Insane asylums Bombay 1873-77 - 1873-1877
Year: 1873
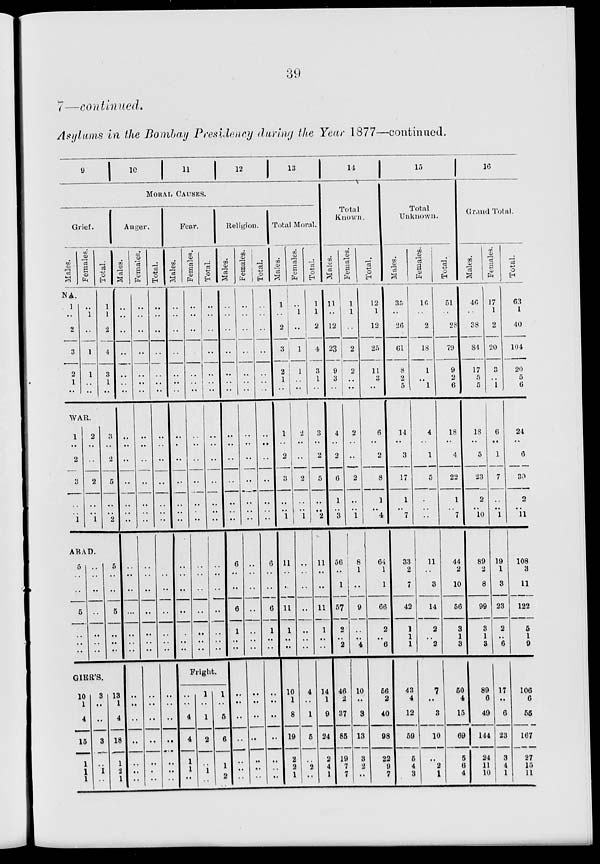
39
7—continued.
Asylums in the Bombay Presidency during the Year 1877—continued.
9
10
11
12
13
MORAL CAUSES.
Grief.
Males.
Females.
Total.
NA.
1
..
2
3
2
1
..
..
1
..
1
1
..
..
1
1
2
4
3
1
..
WAR.
1
2
3
..
1
2
..
2
..
1
3
2
5
..
2
ABAD.
5
..
..
5
..
..
..
..
..
..
..
..
..
..
..
..
5
..
..
5
..
..
..
..
GIER'S.
10
1
4
15
1
1
1
3
..
..
3
..
1
..
13
1
4
18
1
2
1
Anger.
Males.
..
..
..
..
..
..
..
..
..
..
..
..
..
..
..
..
..
..
..
..
..
..
..
..
..
..
..
Females.
..
..
..
..
..
..
..
..
..
..
..
..
..
..
..
..
..
..
..
..
..
..
..
..
..
..
..
Total.
..
..
..
..
..
..
..
..
..
..
..
..
..
..
..
..
..
..
..
..
..
..
..
..
..
..
..
Fear.
Males.
..
..
..
..
..
..
..
..
..
..
..
..
..
..
..
..
..
..
..
..
Females.
..
..
..
..
..
..
..
..
..
..
..
..
..
..
..
..
..
..
..
..
Total.
..
..
..
..
..
..
..
..
..
..
..
..
..
..
..
..
..
..
..
..
Fright.
..
..
4
4
1
1
..
1
..
1
2
..
1
..
1
..
5
6
..
1
2
Religion.
Males.
..
..
..
..
..
..
..
..
..
..
..
..
6
..
..
6
1
..
..
..
..
..
..
..
..
..
..
Females.
..
..
..
..
..
..
..
..
..
..
..
..
..
..
..
..
..
..
..
..
..
..
..
..
..
..
..
Total.
..
..
..
..
..
..
..
..
..
..
..
..
6
..
..
6
1
..
..
..
..
..
..
..
..
..
..
Total Moral.
Males.
1
..
2
3
2
1
..
1
2
3
..
1
11
..
..
11
1
..
..
..
10
1
8
19
2
2
1
Females.
..
1
..
1
1
..
..
2
..
2
..
1
..
..
..
..
..
..
..
..
4
..
1
5
..
2
..
Total.
1
1
2
4
3
1
..
3
2
5
..
2
11
..
..
11
1
..
..
..
14
1
9
24
2
4
1
14
Total
Known.
Males.
11
..
12
23
9
3
..
4
2
6
1
3
56
..
1
57
2
..
2
..
46
2
37
85
19
7
7
Females.
1
1
..
2
2
..
..
2
..
2
..
1
8
1
..
9
..
..
4
..
10
..
3
13
3
2
..
Total.
12
1
12
25
11
3
..
6
2
8
1
4
64
1
1
66
2
..
6
..
56
2
40
98
22
9
7
15
Total
Unknown.
Males.
35
..
26
61
8
2
5
14
3
17
1
7
33
2
7
42
1
1
1
..
43
4
12
59
5
4
3
Females.
16
..
2
18
1
..
1
4
1
5
..
..
11
..
3
14
2
..
2
..
7
..
3
10
..
2
1
Total.
51
..
28
79
9
2
6
18
4
22
1
7
44
2
10
56
3
1
3
..
50
4
15
69
5
6
4
16
Grand Total.
Males.
46
..
38
84
17
5
5
18
5
23
2
10
89
2
8
99
3
1
3
..
89
6
49
144
24
11
10
Females.
17
1
2
20
3
..
1
6
1
7
..
1
19
1
3
23
2
..
6
..
17
..
6
23
3
4
1
Total.
63
1
40
104
20
5
6
24
6
30
2
11
108
3
11
122
5
1
9
..
106
6
55
167
27
15
11